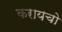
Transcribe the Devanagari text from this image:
करायचो